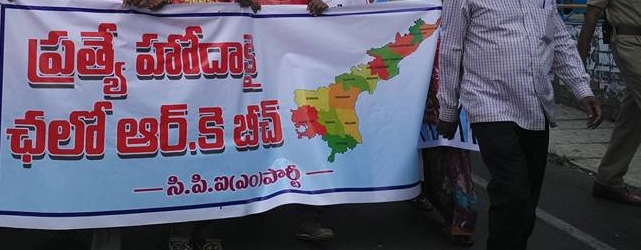
Language: telugu
Transcription: హోదాకై ఛలో కె బీచ్ పి. ఐ(ఎం) పార్టీ ప్రత్యే